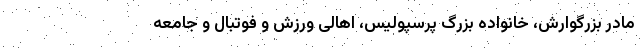
مادر بزرگوارش، خانواده بزرگ پرسپولیس، اهالی ورزش و فوتبال و جامعه